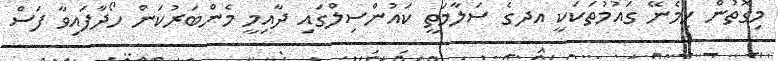
މިގޮތުން ހިމެނޭ ގައުމުތަކަކީ އދގެ ސަލާމަތީ ކައުންސިލްގައި ދާއިމީ މެންބަރުކަން ހޯދާފައިވާ ފަސް